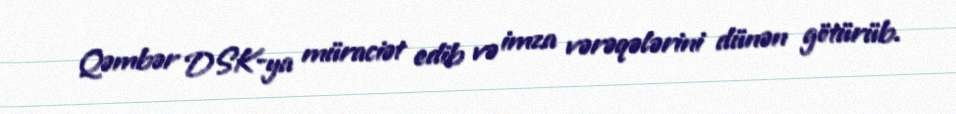
Qəmbər DSK-ya müraciət edib və imza vərəqələrini dünən götürüb.